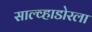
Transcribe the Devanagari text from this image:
साल्व्हाडोरला